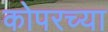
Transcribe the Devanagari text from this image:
कोपरच्या